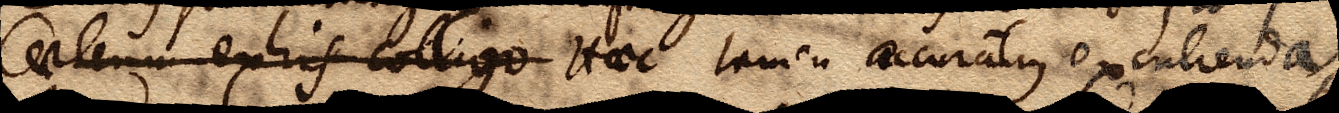
Caeterum exhis colligo Haec tamen accuratius excutienda,